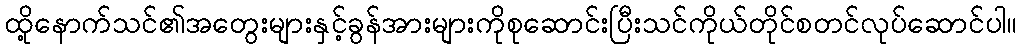
ထို့နောက်သင်၏အတွေးများနှင့်ခွန်အားများကိုစုဆောင်းပြီးသင်ကိုယ်တိုင်စတင်လုပ်ဆောင်ပါ။